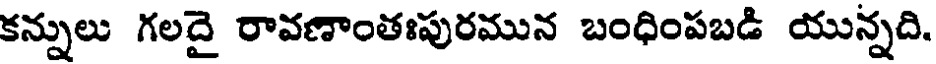
కన్నులు గలదై రావణాంతఃపురమున బంధింపబడి యున్నది.